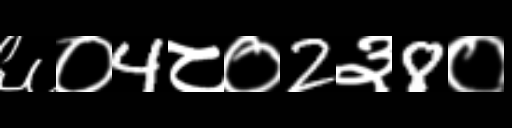
Text: ६०4८०2३8०